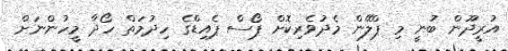
އުރީދޫން ބުނީ މި ޕްލޭން މެދުވެރިކޮށް ޕޯސް ޕެއިޑްގެ ހިދުމަތް ހޯދާ މީހުންނަށް